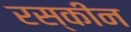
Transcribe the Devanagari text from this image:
रस्कीन